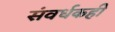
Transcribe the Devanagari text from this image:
संवर्धकही